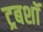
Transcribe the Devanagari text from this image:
ट्रबशॉ